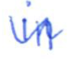
Text: in
Cross-out: wave
Writing tool: ballpoint